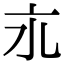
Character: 𬽃